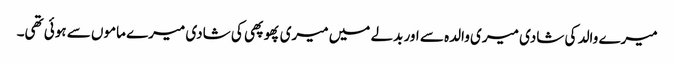
میرے والد کی شادی میری والدہ سے اور بدلے میں میری پھوپھی کی شادی میرے ماموں سے ہوئی تھی۔